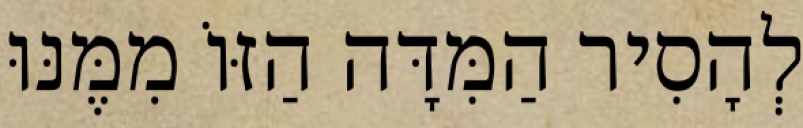
לְהָסִיר הַמִּדָּה הַזּוֹ מִמֶּנּוּ